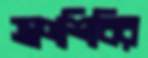
ত্রাণশিবির